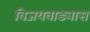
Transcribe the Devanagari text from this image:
विजयवाड्यास